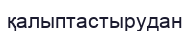
қалыптастырудан